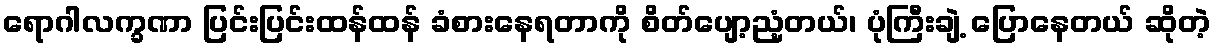
ရောဂါလက္ခဏာ ပြင်းပြင်းထန်ထန် ခံစားနေရတာကို စိတ်ပျော့ညံ့တယ်၊ ပုံကြီးချဲ့ ပြောနေတယ် ဆိုတဲ့